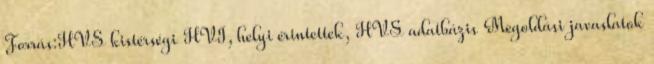
Forrás:HVS kistérségi HVI, helyi érintettek, HVS adatbázis Megoldási javaslatok